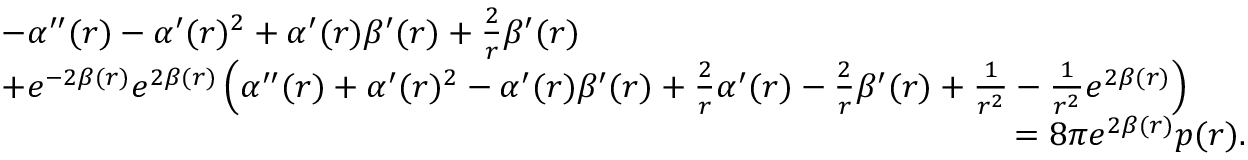
\begin{array} { r l } & { - \alpha ^ { \prime \prime } ( r ) - \alpha ^ { \prime } ( r ) ^ { 2 } + \alpha ^ { \prime } ( r ) \beta ^ { \prime } ( r ) + \frac { 2 } { r } \beta ^ { \prime } ( r ) } \\ & { + e ^ { - 2 \beta ( r ) } e ^ { 2 \beta ( r ) } \left( \alpha ^ { \prime \prime } ( r ) + \alpha ^ { \prime } ( r ) ^ { 2 } - \alpha ^ { \prime } ( r ) \beta ^ { \prime } ( r ) + \frac { 2 } { r } \alpha ^ { \prime } ( r ) - \frac { 2 } { r } \beta ^ { \prime } ( r ) + \frac { 1 } { r ^ { 2 } } - \frac { 1 } { r ^ { 2 } } e ^ { 2 \beta ( r ) } \right) } \\ & { \qquad \qquad \qquad \qquad \qquad \qquad \qquad \qquad \qquad \qquad \qquad \qquad \qquad \qquad \qquad = 8 \pi e ^ { 2 \beta ( r ) } p ( r ) . } \end{array}